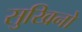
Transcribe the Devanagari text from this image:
सुखिनो